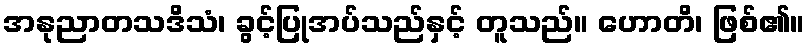
အနုညာတသဒိသံ၊ ခွင့်ပြုအပ်သည်နှင့် တူသည်။ ဟောတိ၊ ဖြစ်၏။